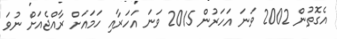
އެގޮތުން 2002 ވަނަ އަހަރުން 2015 ވަނަ އަހަރާއި ހަމައަށް ރާއްޖެއަށް ނުވަ